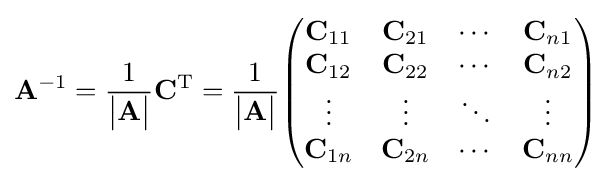
\mathbf {A} ^{-1}={1 \over {\begin{vmatrix}\mathbf {A} \end{vmatrix}}}\mathbf {C} ^{\mathrm {T} }={1 \over {\begin{vmatrix}\mathbf {A} \end{vmatrix}}}{\begin{pmatrix}\mathbf {C} _{11}&\mathbf {C} _{21}&\cdots &\mathbf {C} _{n1}\\\mathbf {C} _{12}&\mathbf {C} _{22}&\cdots &\mathbf {C} _{n2}\\\vdots &\vdots &\ddots &\vdots \\\mathbf {C} _{1n}&\mathbf {C} _{2n}&\cdots &\mathbf {C} _{nn}\\\end{pmatrix}}